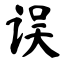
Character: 误